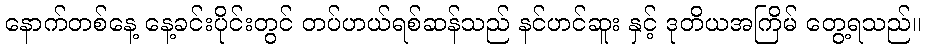
နောက်တစ်နေ့ နေ့ခင်းပိုင်းတွင် တပ်ဟယ်ရစ်ဆန်သည် နင်ဟင်ဆူး နှင့် ဒုတိယအကြိမ် တွေ့ရသည်။